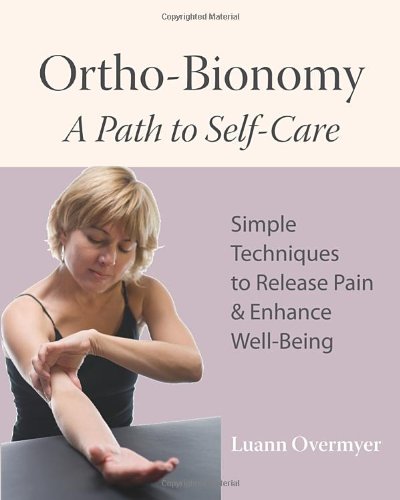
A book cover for Ortho-Bionomy: A Path to Self-Care; Luann Overmyer; Health, Fitness & Dieting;